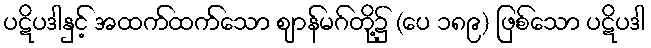
ပဋိပဒါနှင့် အထက်ထက်သော ဈာန်မဂ်တို့၌ (ပေ ၁၈၉) ဖြစ်သော ပဋိပဒါ